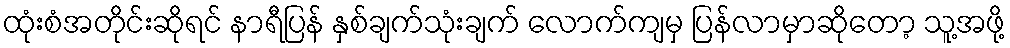
ထုံးစံအတိုင်းဆိုရင် နာရီပြန် နှစ်ချက်သုံးချက် လောက်ကျမှ ပြန်လာမှာဆိုတော့ သူ့အဖို့